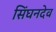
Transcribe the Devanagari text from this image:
सिंघनदेव